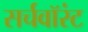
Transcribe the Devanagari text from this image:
सर्चवॉरंट